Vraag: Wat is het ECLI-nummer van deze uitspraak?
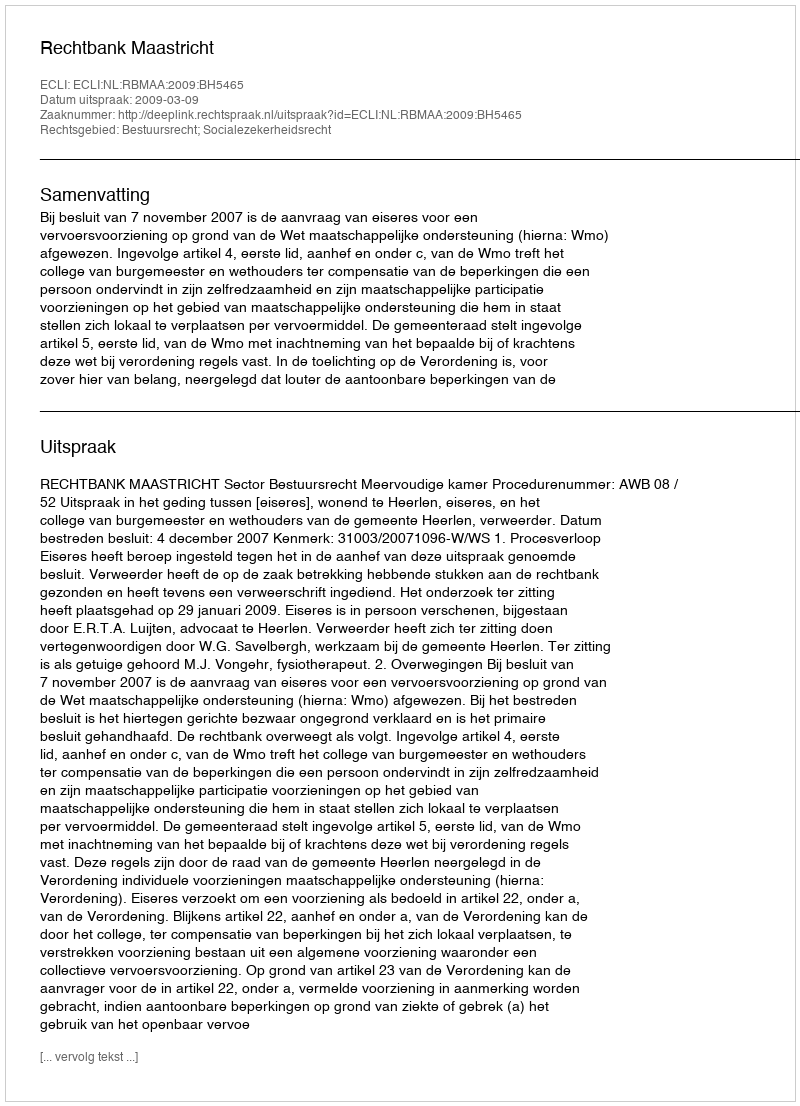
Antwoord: ECLI:NL:RBMAA:2009:BH5465